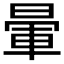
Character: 暈